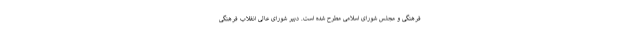
فرهنگی و مجلس شورای اسلامی مطرح شده است. دبیر شورای عالی انقلاب فرهنگی